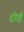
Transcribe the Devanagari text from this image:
ट्रोई